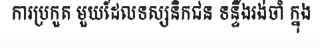
ការប្រកួត មួយដែលទស្សនិកជន ទន្ទឹងរង់ចាំ ក្នុង